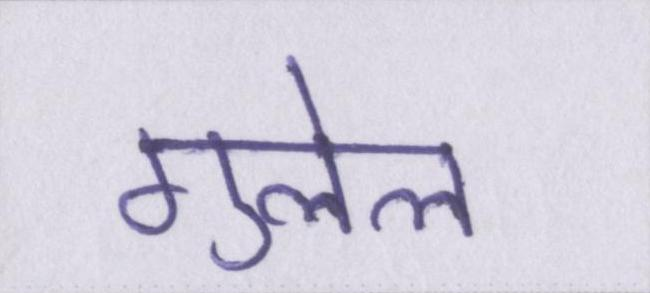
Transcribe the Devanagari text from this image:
गुलेल